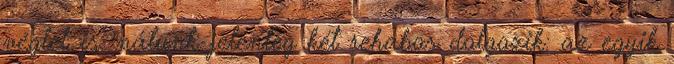
véglet is: nálunk jelenleg két rehabos dolgozik: az egyik